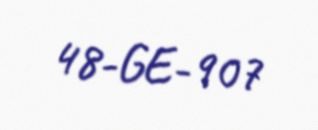
48-GE-907